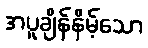
အပူချိန်နိမ့်သော